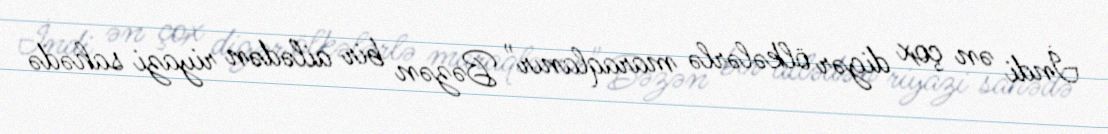
İndi ən çox digər ölkələrlə maraqlanır" Bəzən bir ailədən riyazi sahədə